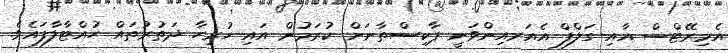
އެމިރޭޓްސް އާއި ގަލްފް އެއަރއިންވަނީ ޕާކިސްތާނަށް ކުރަމުން އައި ހުރިހާ ދަތުރުތައް ހުއްޓާލާފައެވެ.